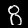
Label: 8